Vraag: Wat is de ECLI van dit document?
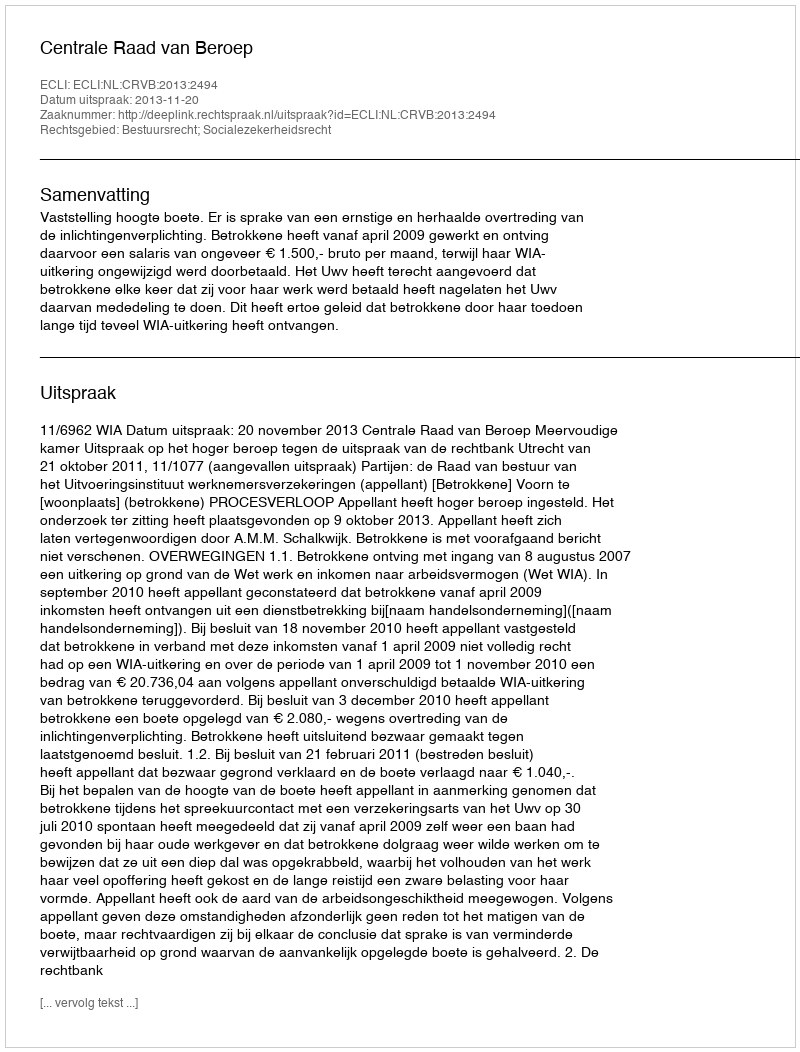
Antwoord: ECLI:NL:CRVB:2013:2494